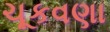
ચૂકવણા